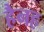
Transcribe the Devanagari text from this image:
हैनह